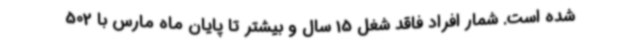
شده است. شمار افراد فاقد شغل 15 سال و بیشتر تا پایان ماه مارس با 502